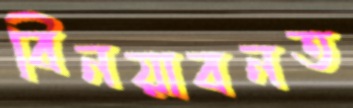
বিনয়াবনত